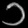
Digit: ၁